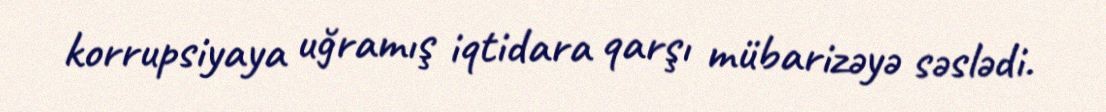
korrupsiyaya uğramış iqtidara qarşı mübarizəyə səslədi.